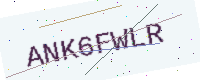
Text: ANK6FWLR